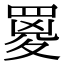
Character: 䍟